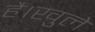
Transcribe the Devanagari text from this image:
है।खुले